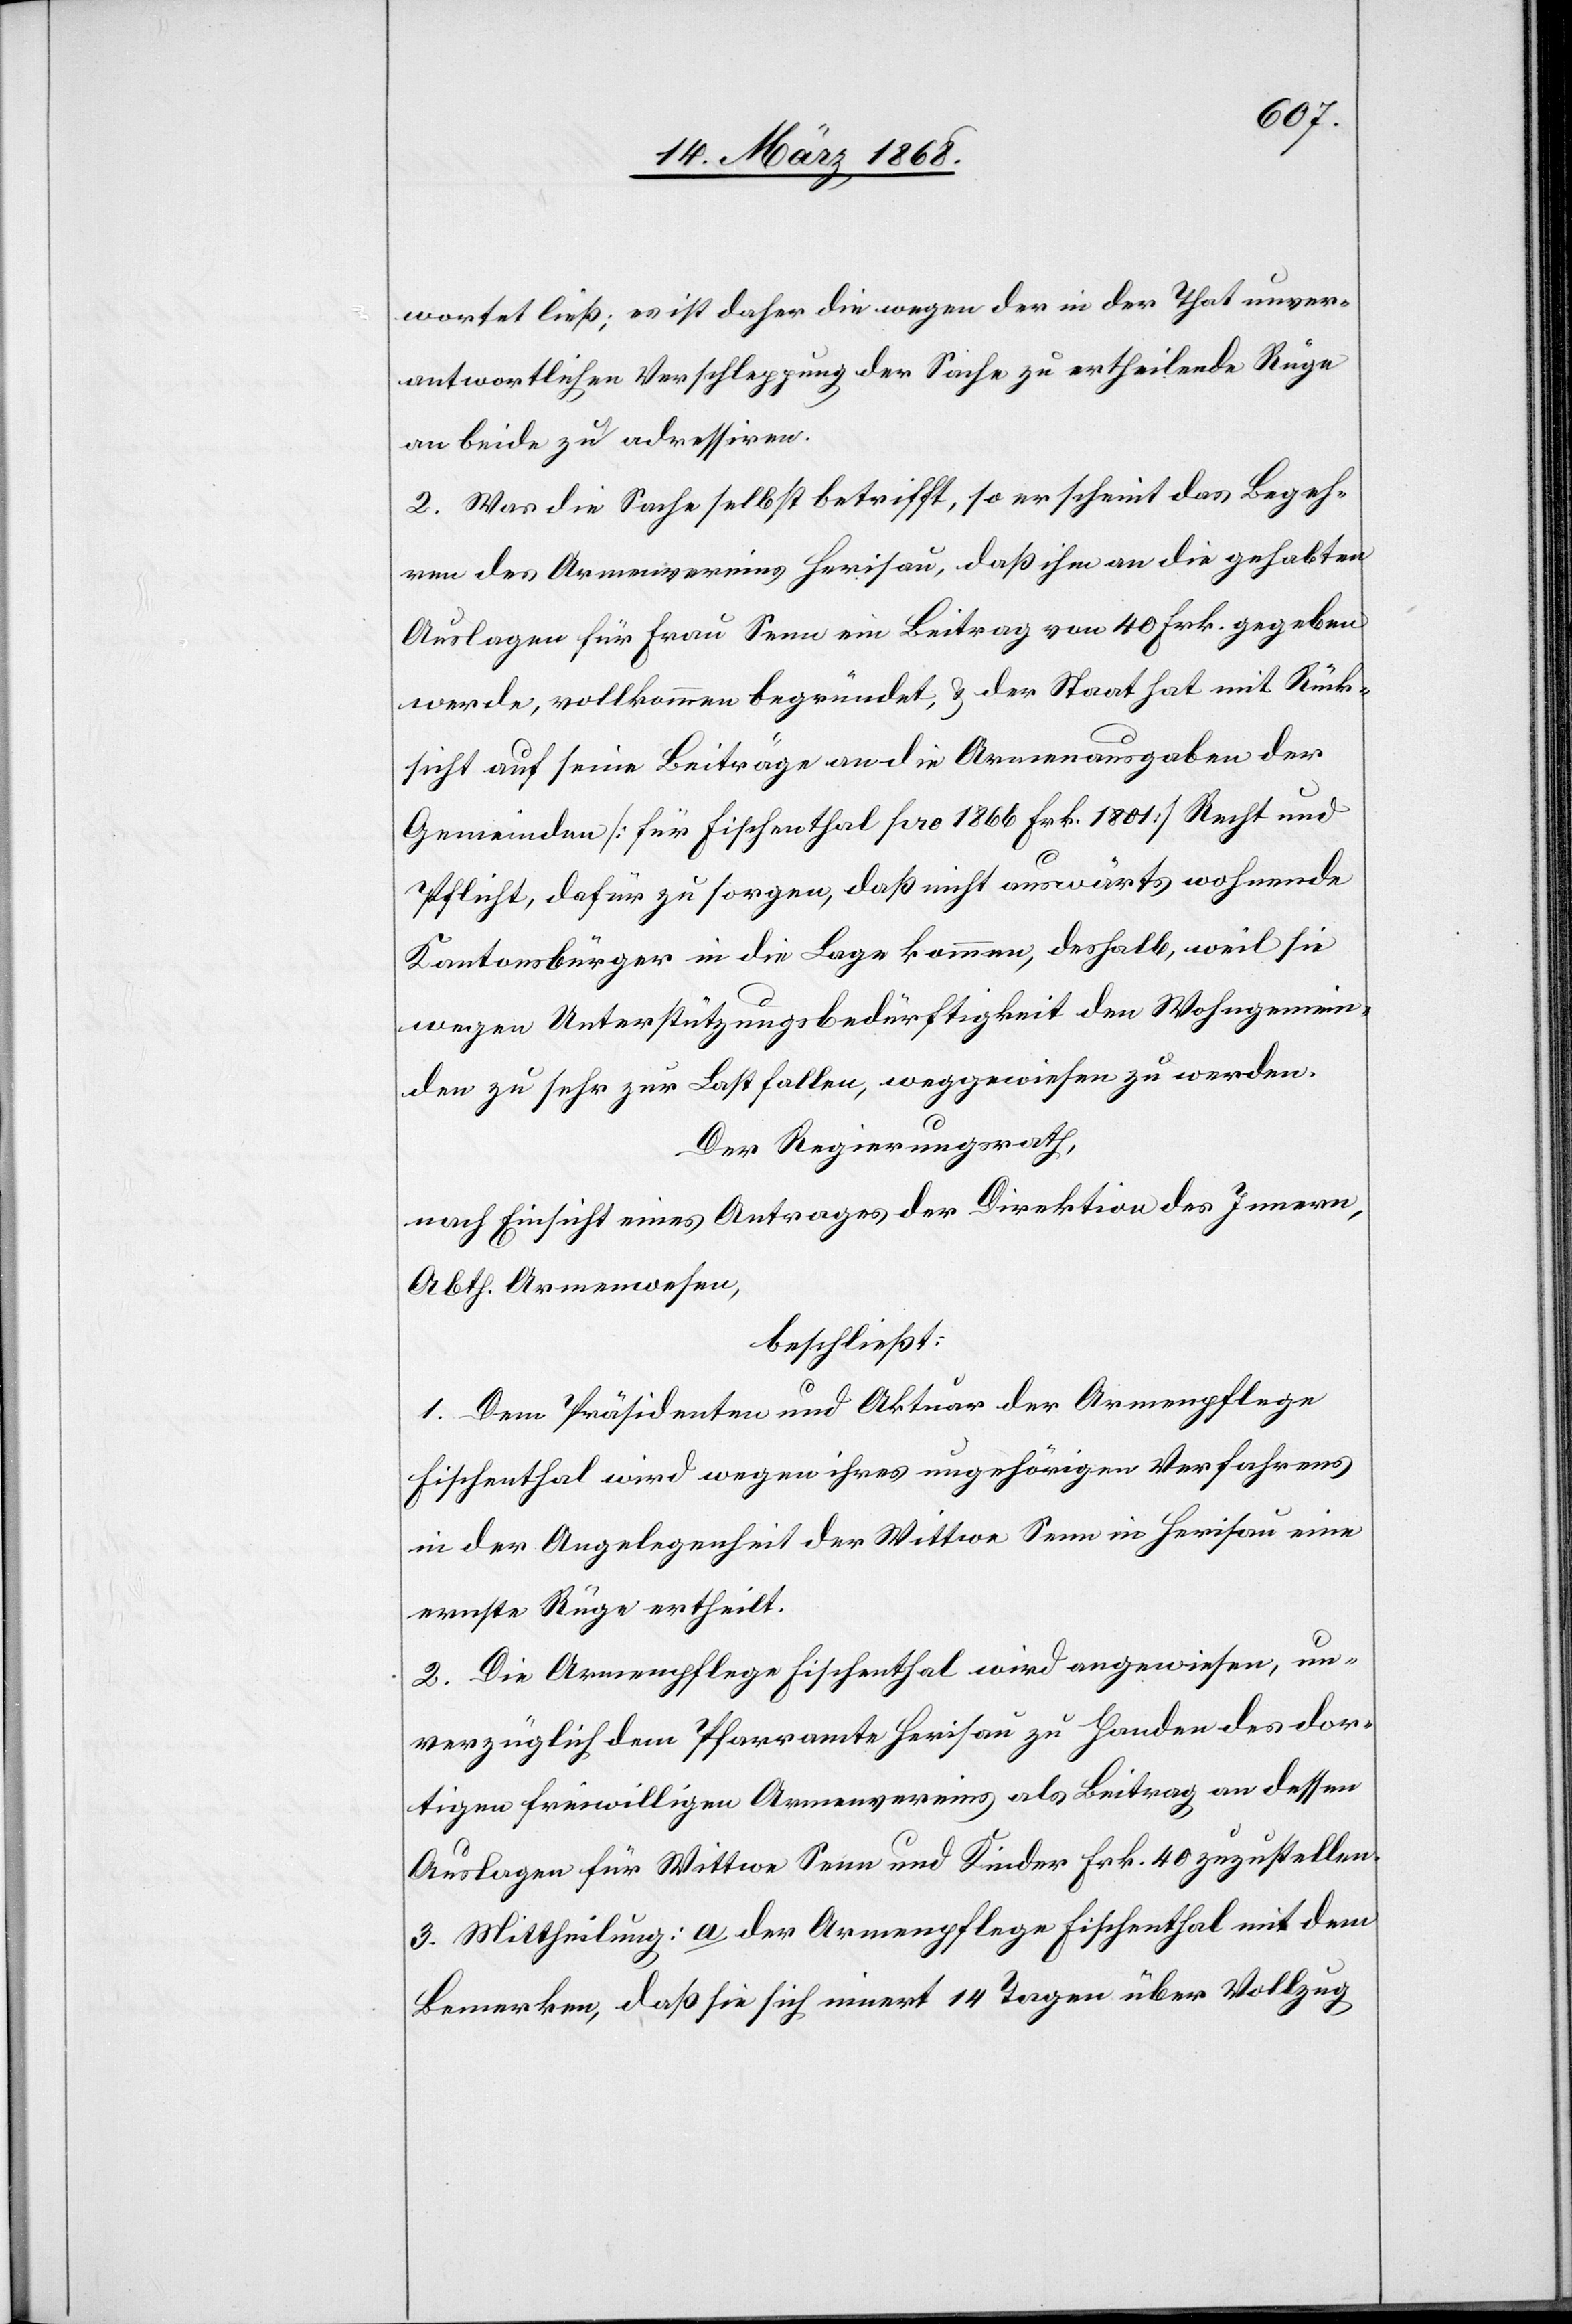
wortet ließ; es ist daher die wegen der in der That unver¬
antwortlichen Verschleppung der Sache zu ertheilende Rüge
an beide zu adressiren.
2. Was die Sache selbst betrifft, so erscheint das Begeh¬
ren des Armenvereins Herisau, daß ihm an die gehabten
Auslagen für Frau Senn ein Beitrag von 40 Frk. gegeben
werde, vollkommen begründet, & der Staat hat mit Rück¬
sicht auf seine Beiträge an die Armenausgaben der
Gemeinden [für Fischenthal pro 1866 Frk. 1801] Recht und
Pflicht, dafür zu sorgen, daß nicht auswärts wohnende
Kantonsbürger in die Lage kommen, deshalb, weil sie
wegen Unterstützungsbedürftigkeit den Wohngemein¬
den zu sehr zur Last fallen, weggewiesen zu werden.
Der Regierungsrath,
nach Einsicht eines Antrages der Direktion des Innern,
Abth. Armenwesen,
beschließt:
1. Dem Präsidenten und Aktuar der Armenpflege
Fischenthal wird wegen ihres ungehörigen Verfahrens
in der Angelegenheit der Wittwe Senn in Herisau eine
ernste Rüge ertheilt.
2. Die Armenpflege Fischenthal wird angewiesen, un¬
verzüglich dem Pfarramte Herisau zu Handen des dor¬
tigen freiwilligen Armenvereins als Beitrag an dessen
Auslagen für Wittwe Senn und Kinder Frk. 40 zuzustellen.
3. Mittheilung: a der Armenpflege Fischenthal mit dem
Bemerken, daß sie sich innert 14 Tagen über Vollzug